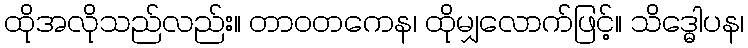
ထိုအလိုသည်လည်း။ တာဝတကေန၊ ထိုမျှလောက်ဖြင့်။ သိဒ္ဓေါပန၊